Civil Veterinary Department Bihar reports 1940-50 - 1940-1950
Year: 1940
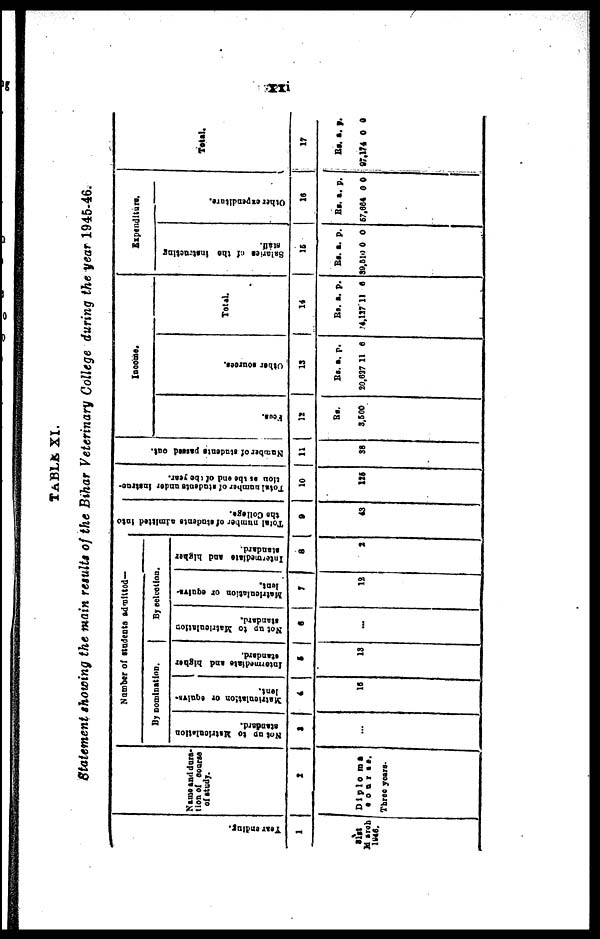
xxi
TABLE XI.
Statement showing the main results of the Bihar Veterinary College during the year 1945-46.
Year endi ng.
1
31st
March
1946.
Name and dura-
tion of course
of study.
2
Diploma
course.
Three years.
Number of students admitted—
By nomination.
Not up to Metriculation
standard.
3
...
Matriculation or equiva-
lent.
4
16
Intermediate and higher
standard.
5
13
By selection.
Not up to Matriculation
standard.
6
...
Matriculation
or equiva-
lent.
7
12
Intermediate
and higher
standard.
8
2
Total number
of students admitted Into
the Collage.
9
43
Total number of Students under instruc-
tion at the end of the year.
10
125
Number
of students passed out.
11
38
Income.
Fcust
12
Rs.
3,500
Other sources.
13
Rs.
20,627
a.
11
p.
6
Total.
14
Rs.
4,127
a.
11
p.
6
Expenditure.
Salaries of the Instructing
staff.
15
Rs.
39,510
a.
0
p.
0
Other expenditure.
16
Rs.
57,664
a.
0
p.
0
Total.
17
Rs.
97,174
a.
0
p.
0